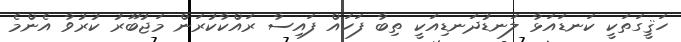
ހަޤީގަތަކީ ކަނޑައަޅާ ލަނޑުދަނޑިއަކީ ތިބާ ފަހައް ފައިސާ ރައްކާކުރަން މަޖުބޫރު ކުރުވާ އެންމެ